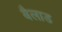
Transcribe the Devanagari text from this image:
बैलाड